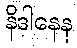
နိဒါနေန